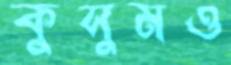
কুসুমও